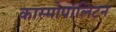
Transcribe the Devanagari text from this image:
कास्मोपॉलिटन